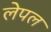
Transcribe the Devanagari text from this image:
लेपल